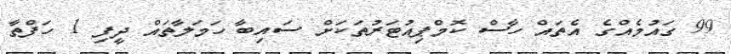
99 ގައުމެއްގެ އެތައް ހާސް ކޮމްޕިއުޓަރުތަކަށް ސައިބާ ހަމަލާތައް ދީފި 1 ހަފްތާ